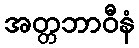
အတ္တဘာဝီနံ